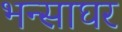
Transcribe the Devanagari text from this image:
भन्साघर